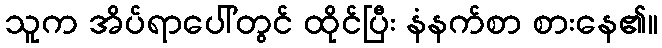
သူက အိပ်ရာပေါ်တွင် ထိုင်ပြီး နံနက်စာ စားနေ၏။